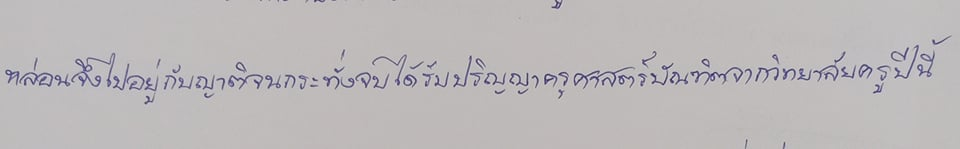
หล่อนจึงไปอยู่กับญาติจนกระทั่งจบได้ปริญญาครุศาสตรบัณฑิตจากวิทยาลัยครูปีนี้